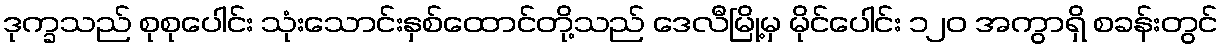
ဒုက္ခသည် စုစုပေါင်း သုံးသောင်းနှစ်ထောင်တို့သည် ဒေလီမြို့မှ မိုင်ပေါင်း ၁၂၀ အကွာရှိ စခန်းတွင်